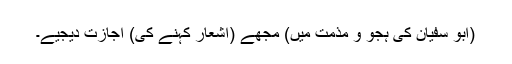
(ابو سفیان کی ہجو و مذمت میں) مجھے (اشعار کہنے کی) اجازت دیجیے۔